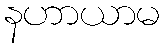
နဟာယာမ